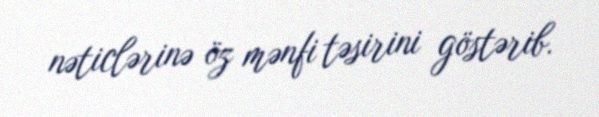
nəticlərinə öz mənfi təsirini göstərib.